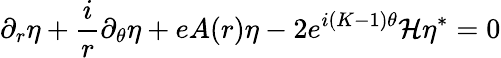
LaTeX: \partial_{r}\eta+\frac{i}{r}\partial_{\theta}\eta+eA(r)\eta-2e^{i(K-1)\theta}{\cal{H}}\eta^{*}=0